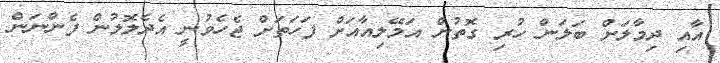
އާއި ދިމާލަށް ބަލަން ހުރި ގޮތުން އަމޭލިއާއަށް ފަހަތަށް ޖެހެވުނީ އެދެލޮލުން ފެންނަން